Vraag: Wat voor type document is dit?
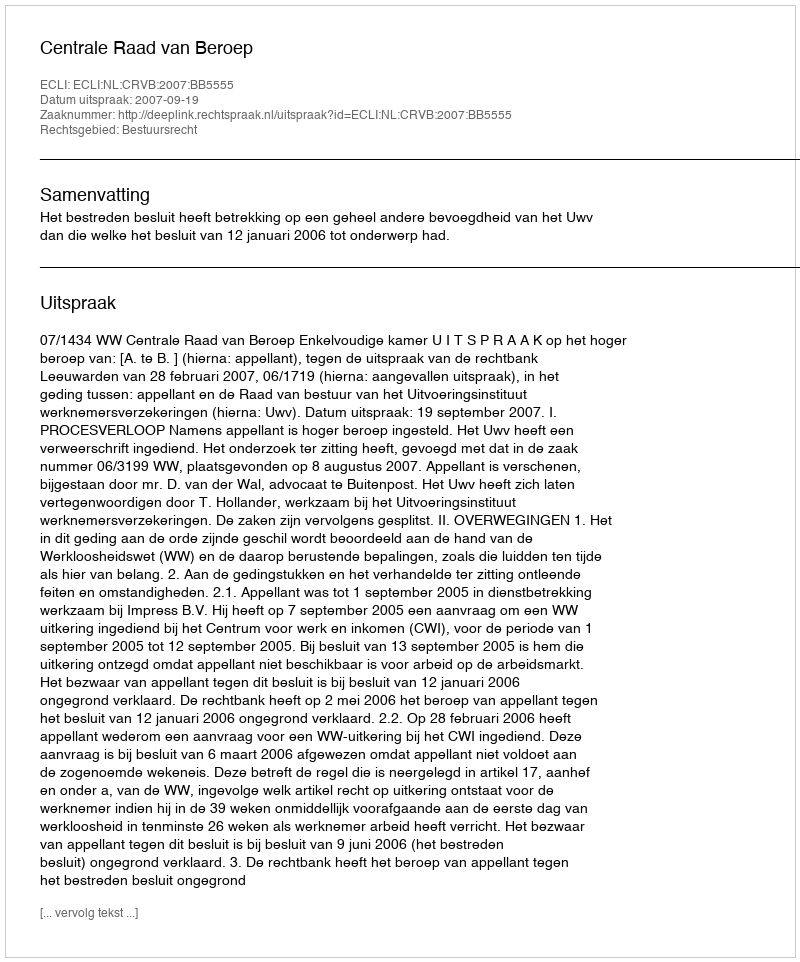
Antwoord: Uitspraak